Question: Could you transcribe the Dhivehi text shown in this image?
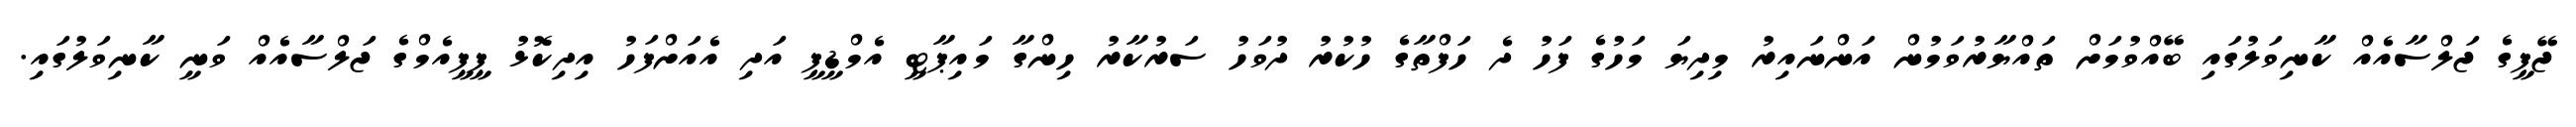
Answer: ޖޭޕީގެ ޖަލްސާއެއް ކާނިވަލުގައި ބޭއްވުމަށް ތައްޔާރުވަމުން އަންނައިރު މިދިޔަ މަހުގެ ފަހު ދެ ހަފްތާގެ ހުކުރު ދުވަހު ސަރުކާރު ހިންގާ މައިޕާޓީ އެމްޑީޕީ އަދި އެއަށްފަހު އިދިކޮޅު ޕީޕީއެމްގެ ޖަލްސާއެއް ވަނީ ކާނިވަލުގައި.